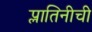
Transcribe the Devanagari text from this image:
प्लातिनीची